Report on vaccination in Madras 1895-1903 - 1895-1903
Year: 1895
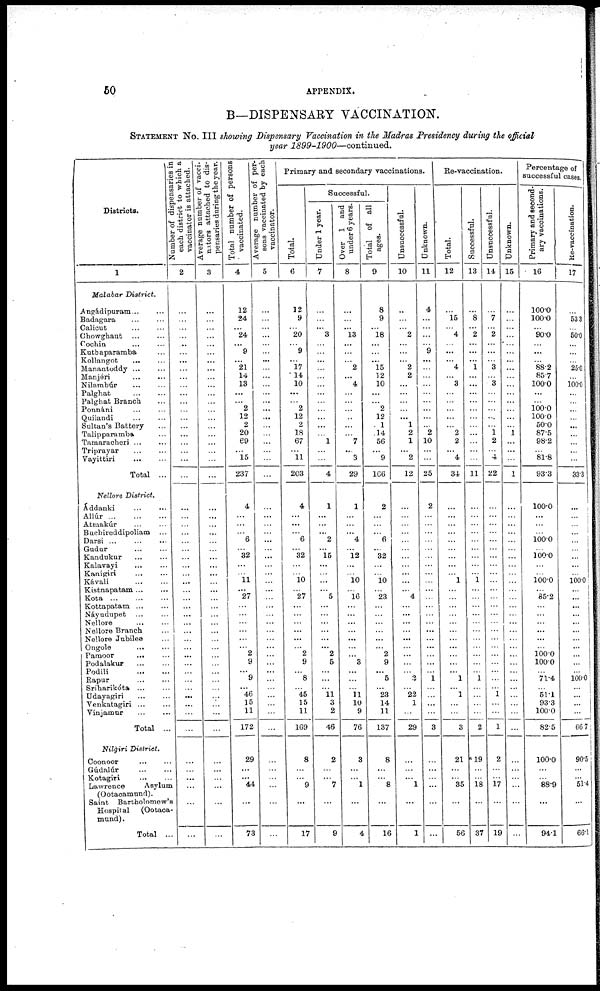
50
APPENDIX.
B—DISPENSARY VACCINATION.
STATEMENT No. III showing Dispensary Vaccination in the Madras Presidency during the official
year 1899-1900—continued.
Districts.
1
Malabar District.
Angádipuram ... ...
Badagara ... ...
Calicut ... ...
Chowghaut
...
...
Cochin ... ...
Kuthaparamba ...
Kollangot
... ...
Manantoddy ... ...
Manjéri ... ...
Nilambúr
...
...
Palghat
...
...
Palghat Branch ...
Ponnáni ... ...
Quilandi ... ...
Sultan's Battery ...
Talipparamba ...
Tamaraoheri ... ...
Triprayar
Vayittiri
...
...
Total ...
Nellore District.
Áddanki ... ...
Allúr
...
...
...
Atmakúr ... ...
Buchireddipoliam ...
Darsi ... ... ...
Gudur ... ...
Kandukur
...
...
Kalavayi
...
...
Kanigiri
...
...
Kávali
...
...
Kistnapatam ... ...
Kota
...
...
...
Kottapatam ... ...
Náyudupet ... ...
Nellore
...
...
Nellore Branch ...
Nellore Jubilee ...
Ongole ... ...
Pamoor
... ...
Podalakur ... ...
Podili
...
...
Rapur
...
...
Sriharikóta ... ...
Udayagiri ... ...
Venkatagiri ...
Vinjamur
...
...
Total ...
Nilgiri District.
Coonoor
Gúdalúr
...
...
Kotagiri
...
...
Lawrence
Asylum
(Ootaoamund).
Saint Bartholomew's
Hospital (Ootaoa-
mund) .
Total ...
Number of dispensaries in
each district to which a
vaccinator is attached.
2
...
...
...
...
...
...
...
...
...
...
...
...
...
...
...
...
...
...
...
...
...
...
...
...
...
...
...
...
...
...
...
...
...
...
...
...
...
...
...
...
...
...
...
...
...
...
...
...
...
...
...
...
...
Average number of vacci-
nators attached to dis-
pensaries during the year.
3
...
...
...
...
...
...
...
...
...
...
...
...
...
...
...
...
...
...
...
...
...
...
...
...
...
...
...
...
...
...
...
...
...
...
...
...
...
...
...
...
...
...
...
...
...
...
...
...
...
...
...
...
...
Total number of persons
vaccinated.
4
12
24
... 24
... 9
... 21
14
13
...
...
2
12
2
20
69
...
15
237
4
...
...
...
6
...
32
...
...
11
... 27
...
...
...
...
...
...
2
9
...
9
... 46
15
11
172
29
...
... 44
...
73
Average number of per.
sons vaccinated by each
vaccinator.
5
...
...
...
...
...
...
...
...
...
...
...
...
...
...
...
...
...
...
...
...
...
...
...
...
...
...
...
...
...
...
...
...
...
...
...
...
...
...
...
...
...
...
...
...
...
...
...
...
...
...
...
...
...
Primary and secondary vaccinations.
Total.
6
12
9
...
20
... 9
... 17
14
10
...
...
2
12
2
18
67
...
11
203
4
...
...
...
6
...
32
...
...
10
...
27
...
...
...
...
...
...
2
9
...
8
...
45
15
11
169
8
...
...
9
...
17
Successful.
Under 1 year.
7
...
...
... 3
...
...
...
...
...
...
...
...
...
...
...
...
1
...
...
4
1
...
...
... 2
... 15
...
...
...
...
5
...
...
...
...
...
... 2
5
...
...
...
11
3
2
46
2
...
... 7
...
9
Over 1 and
under 6 years.
8
...
...
...
13
...
...
...
2
... 4
...
...
...
..
...
...
7
... 3
29
1
...
...
...
4
... 12
...
...
10
...
16
...
...
...
...
...
...
...
3
...
...
...
11
10
9
76
3
...
...
1
...
4
Total of all
ages.
9
8
9
... 18
...
...
... 15
12
10
...
...
2
12
1
14
56
...
9
166
2
...
...
... 6
... 32
...
...
10
...
23
...
...
...
...
...
...
2
9
... 5
... 23
14
11
137
8
...
...
8
...
16
Unsuccessful.
10
...
...
...
2
...
...
... 2
2
...
...
...
...
...
1
2
1
... 2
12
...
...
...
...
...
...
...
...
...
...
...
4
...
...
...
...
...
...
...
...
...
2
...
22
1
...
29
...
...
... 1
...
1
Unknown.
11
4
...
...
...
...
9
...
...
...
...
...
...
...
...
... 2
10
...
...
25
2
...
...
...
...
...
...
...
...
...
...
...
...
...
...
...
...
...
...
...
...
1
...
...
...
...
3
...
...
...
...
...
...
Re-vaccination.
Total.
12
...
15
...
4
...
...
... 4
...
3
...
...
...
...
...
2
2
... 4
34
...
...
...
...
...
...
...
...
...
1
...
...
...
...
...
...
...
...
...
...
... 1
...
1
...
...
3
21
...
...
35
...
56
Successful.
13
...
8
... 2
...
...
... 1
...
...
...
...
...
...
...
...
...
...
...
11
...
...
...
...
...
...
...
...
...
1
...
...
...
...
...
...
...
...
...
...
...
1
...
...
...
...
2
19
...
...
18
...
37
Unsuccessful.
14
...
7
...
2
...
...
...
3
...
3
...
...
...
...
...
1
2
...
4
22
...
...
...
...
...
...
...
...
...
...
...
...
...
...
...
...
...
...
...
...
...
...
...
1
...
...
1
2
...
...
17
...
19
Unknown.
15
...
...
...
...
...
...
...
...
...
...
...
...
...
...
...
1
...
...
...
1
...
...
...
...
...
...
...
...
...
...
...
...
...
...
...
...
...
...
...
...
...
...
...
...
...
...
...
...
...
...
...
...
...
Percentage of
successful cases.
Primary and second-
ary vaccinations.
16
100.0
100.0
...
90.0
...
...
...
88.2
85.7
100.0
...
...
100.0
100.0
50.0
87.5
98.2
...
81.8
93.3
100.0
...
...
...
100.0
...
100.0
...
...
100.0
...
85.2
...
...
...
...
...
...
100.0
100.0
...
71.4
...
51.1
93.3
100.0
82.5
100.0
...
...
88.9
...
94.1
Re-vaccination.
17
...
53.3
...
50.0
...
...
...
25.0
...
100.0
...
...
...
...
...
...
...
...
...
33.3
...
...
...
...
...
...
...
...
...
100.0
...
...
...
...
...
...
...
...
...
...
...
100.0
...
...
...
...
667
90.5
...
... 51.4
...
66.1